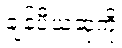
ချန်ပီယံဆုကို